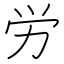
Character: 労